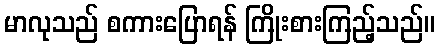
မာလုသည် စကားပြောရန် ကြိုးစားကြည့်သည်။